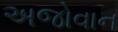
અજોવાન